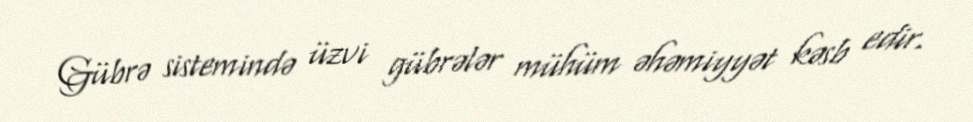
Gübrə sistemində üzvi gübrələr mühüm əhəmiyyət kəsb edir.